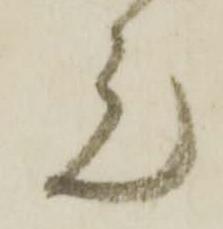
元